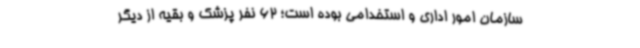
سازمان امور اداری و استخدامی بوده است؛ 62 نفر پزشک و بقیه از دیگر